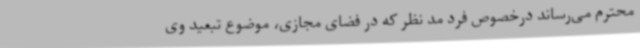
محترم می‌رساند درخصوص فرد مد نظر که در فضای مجازی، موضوع تبعید وی